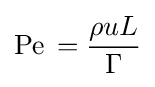
{\text{Pe}}\,={\frac {\rho uL}{\Gamma }}